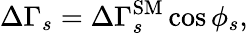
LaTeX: \Delta\Gamma_{s}=\Delta\Gamma_{s}^{\mathrm{SM}}\cos\phi_{s},